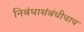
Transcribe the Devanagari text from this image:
निबंधासंबंधीचाच